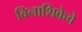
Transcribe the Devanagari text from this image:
विनाशिकेचे